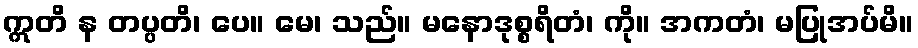
ဣတိ န တပ္ပတိ၊ ပေ။ မေ၊ သည်။ မနောဒုစ္စရိတံ၊ ကို။ အကတံ၊ မပြုအပ်မိ။